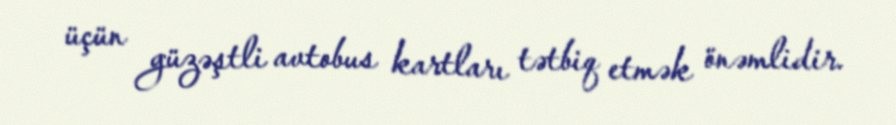
üçün güzəştli avtobus kartları tətbiq etmək önəmlidir.